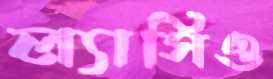
ল্যাসিও